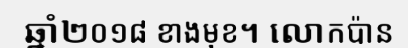
ឆ្នាំ២០១៨ ខាងមុខ។ លោកប៉ាន